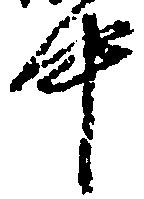
中